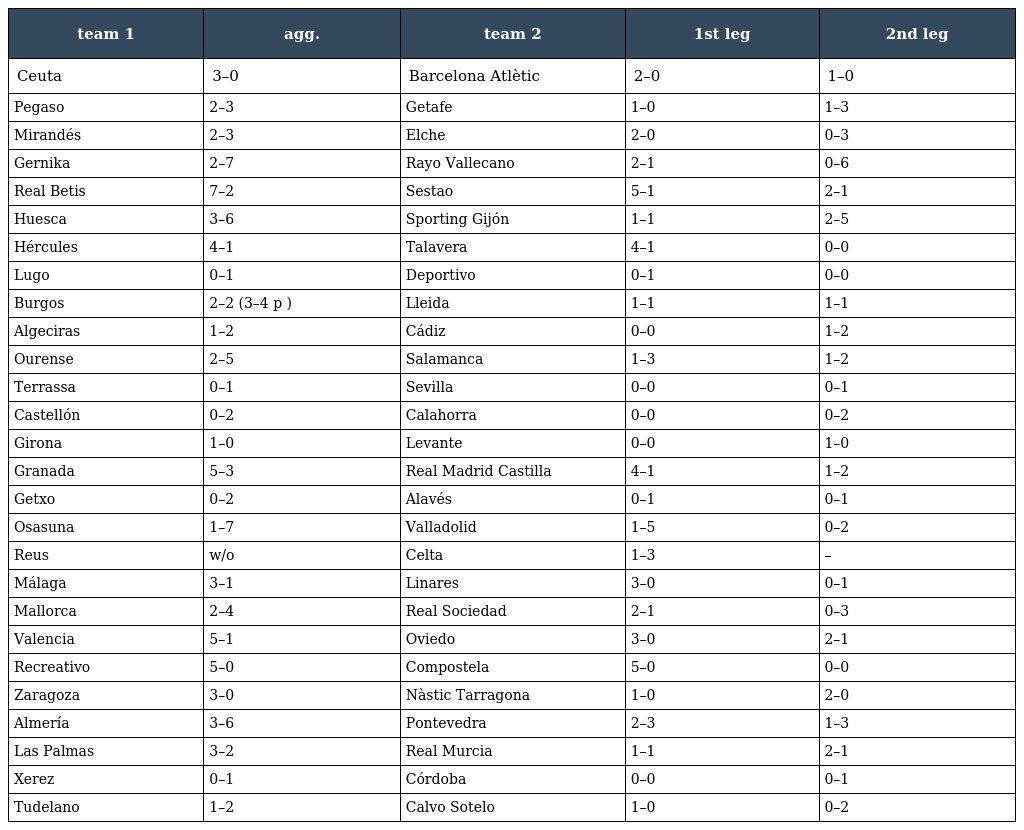
| team 1 | agg. | team 2 | 1st leg | 2nd leg |
 | --- | --- | --- | --- | --- |
 | Ceuta | 3–0 | Barcelona Atlètic | 2–0 | 1–0 |
 | Pegaso | 2–3 | Getafe | 1–0 | 1–3 |
 | Mirandés | 2–3 | Elche | 2–0 | 0–3 |
 | Gernika | 2–7 | Rayo Vallecano | 2–1 | 0–6 |
 | Real Betis | 7–2 | Sestao | 5–1 | 2–1 |
 | Huesca | 3–6 | Sporting Gijón | 1–1 | 2–5 |
 | Hércules | 4–1 | Talavera | 4–1 | 0–0 |
 | Lugo | 0–1 | Deportivo | 0–1 | 0–0 |
 | Burgos | 2–2 (3–4 p ) | Lleida | 1–1 | 1–1 |
 | Algeciras | 1–2 | Cádiz | 0–0 | 1–2 |
 | Ourense | 2–5 | Salamanca | 1–3 | 1–2 |
 | Terrassa | 0–1 | Sevilla | 0–0 | 0–1 |
 | Castellón | 0–2 | Calahorra | 0–0 | 0–2 |
 | Girona | 1–0 | Levante | 0–0 | 1–0 |
 | Granada | 5–3 | Real Madrid Castilla | 4–1 | 1–2 |
 | Getxo | 0–2 | Alavés | 0–1 | 0–1 |
 | Osasuna | 1–7 | Valladolid | 1–5 | 0–2 |
 | Reus | w/o | Celta | 1–3 | – |
 | Málaga | 3–1 | Linares | 3–0 | 0–1 |
 | Mallorca | 2–4 | Real Sociedad | 2–1 | 0–3 |
 | Valencia | 5–1 | Oviedo | 3–0 | 2–1 |
 | Recreativo | 5–0 | Compostela | 5–0 | 0–0 |
 | Zaragoza | 3–0 | Nàstic Tarragona | 1–0 | 2–0 |
 | Almería | 3–6 | Pontevedra | 2–3 | 1–3 |
 | Las Palmas | 3–2 | Real Murcia | 1–1 | 2–1 |
 | Xerez | 0–1 | Córdoba | 0–0 | 0–1 |
 | Tudelano | 1–2 | Calvo Sotelo | 1–0 | 0–2 |